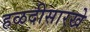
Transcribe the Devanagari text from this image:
हळदीसारखे